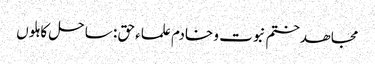
مجاھد ختم نبوت و خادم علماء حق : ساحل کاہلوں